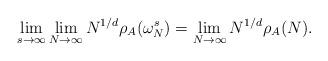
LaTeX: \begin{align*}\lim_{s\to\infty}\lim_{N\to\infty}N^{1/d}\rho_A(\omega_N^s) = \lim_{N\to \infty}N^{1/d}\rho_A(N).\end{align*}